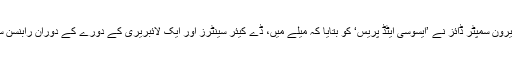
میلے کی ایک عہدیدار شیرون سمپٹر ڈائز نے ’ایسوسی ایٹڈ پریس‘ کو بتایا کہ میلے میں، ڈے کیئر سینٹرز اور ایک لائبریری کے دورے کے دوران رابنسن سینکڑوں بچوں سے ملے۔